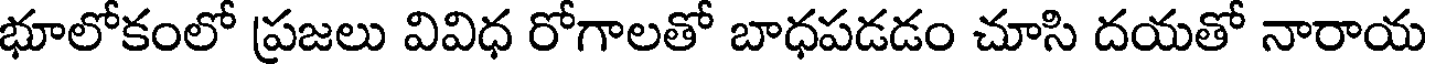
భూలోకంలో ప్రజలు వివిధ రోగాలతో బాధపడడం చూసి దయతో నారాయ